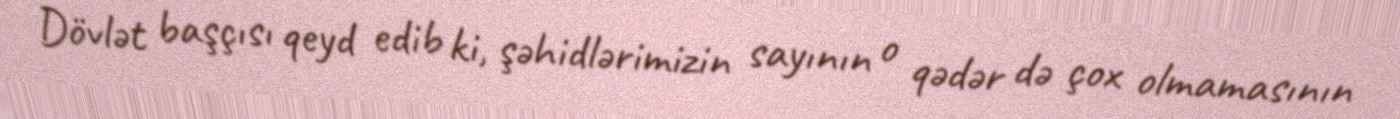
Dövlət başçısı qeyd edib ki, şəhidlərimizin sayının o qədər də çox olmamasının